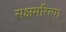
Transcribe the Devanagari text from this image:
सक्षमरित्या